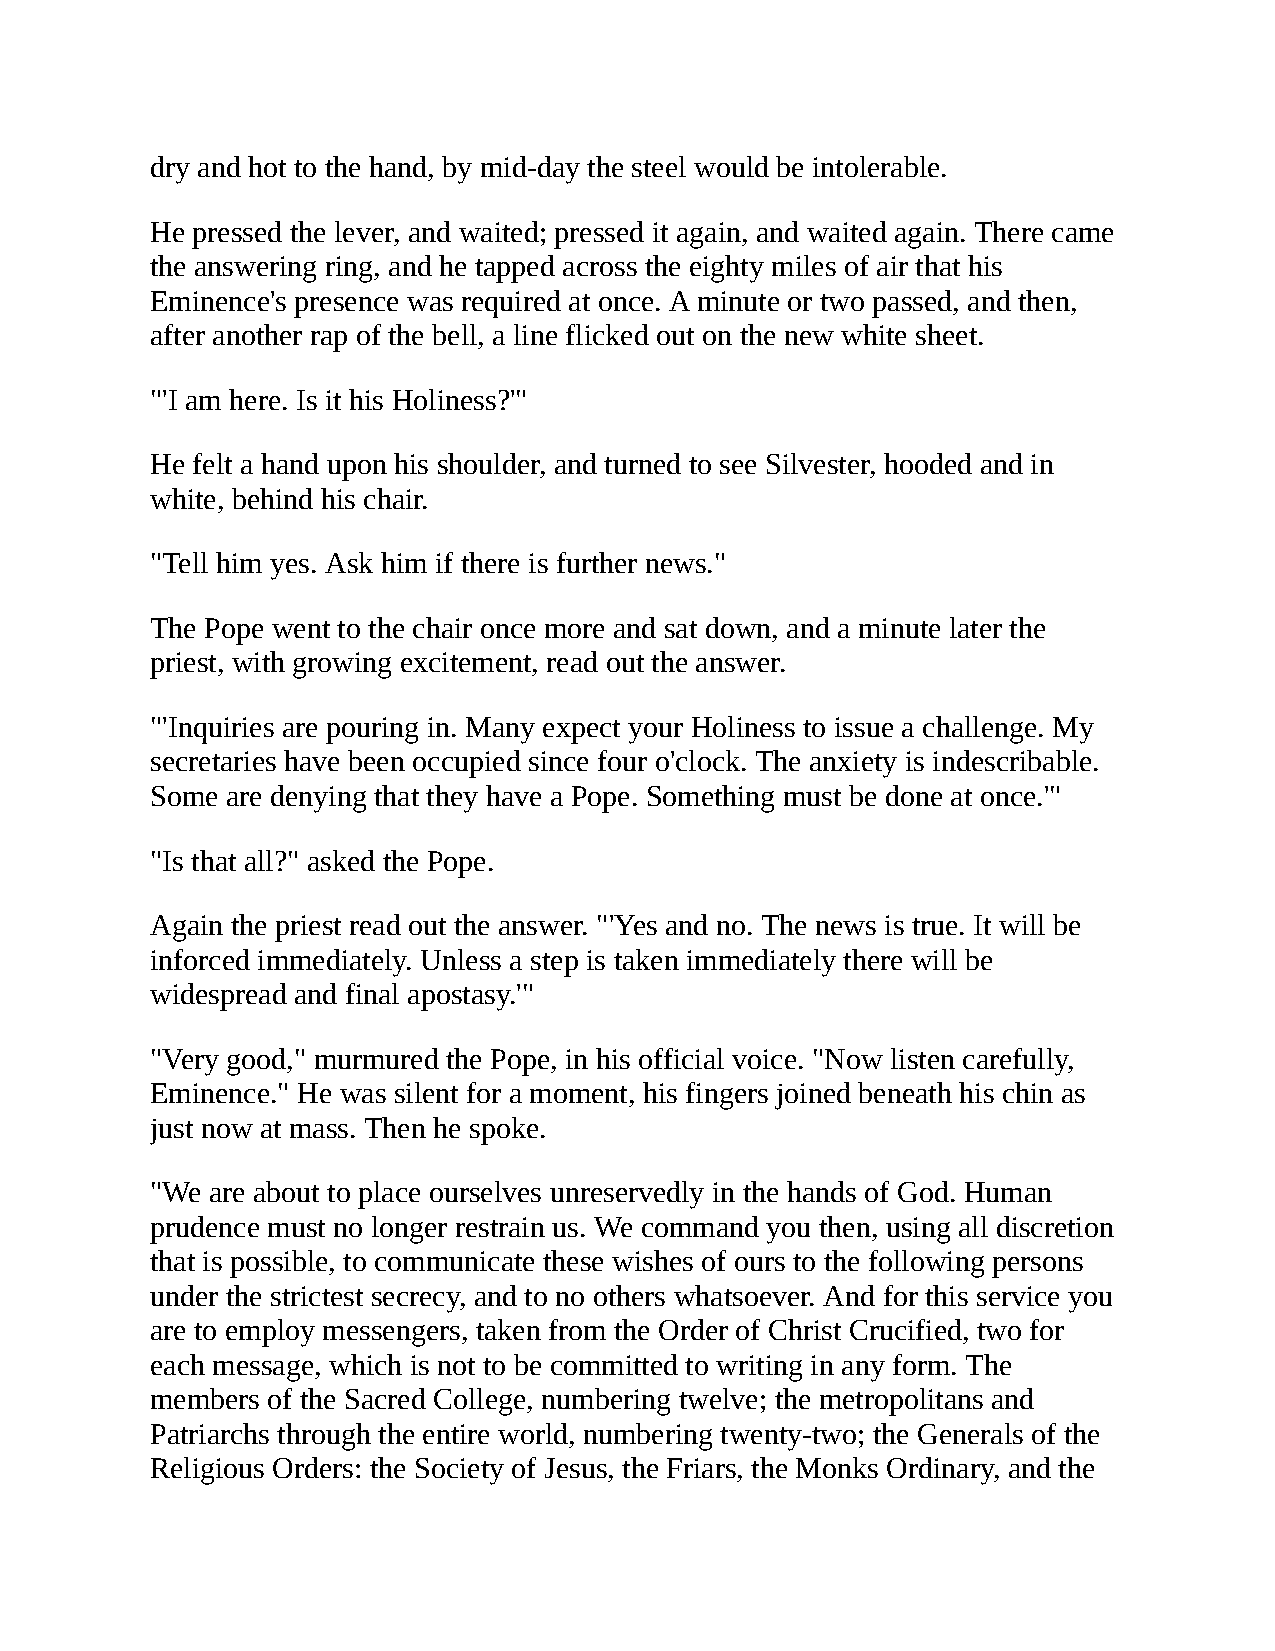
dry and hot to the hand, by mid-day the steel would be intolerable.
 He pressed the lever, and waited; pressed it again, and waited again. There came
 the answering ring, and he tapped across the eighty miles of air that his
 Eminence's presence was required at once. A minute or two passed, and then,
 after another rap of the bell, a line flicked out on the new white sheet.
 "'I am here. Is it his Holiness?'"
 He felt a hand upon his shoulder, and turned to see Silvester, hooded and in
 white, behind his chair.
 "Tell him yes. Ask him if there is further news."
 The Pope went to the chair once more and sat down, and a minute later the
 priest, with growing excitement, read out the answer.
 "'Inquiries are pouring in. Many expect your Holiness to issue a challenge. My
 secretaries have been occupied since four o'clock. The anxiety is indescribable.
 Some are denying that they have a Pope. Something must be done at once.'"
 "Is that all?" asked the Pope.
 Again the priest read out the answer. "'Yes and no. The news is true. It will be
 inforced immediately. Unless a step is taken immediately there will be
 widespread and final apostasy.'"
 "Very good," murmured the Pope, in his official voice. "Now listen carefully,
 Eminence." He was silent for a moment, his fingers joined beneath his chin as
 just now at mass. Then he spoke.
 "We are about to place ourselves unreservedly in the hands of God. Human
 prudence must no longer restrain us. We command you then, using all discretion
 that is possible, to communicate these wishes of ours to the following persons
 under the strictest secrecy, and to no others whatsoever. And for this service you
 are to employ messengers, taken from the Order of Christ Crucified, two for
 each message, which is not to be committed to writing in any form. The
 members of the Sacred College, numbering twelve; the metropolitans and
 Patriarchs through the entire world, numbering twenty-two; the Generals of the
 Religious Orders: the Society of Jesus, the Friars, the Monks Ordinary, and the